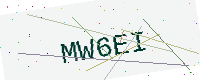
Text: MW6EI